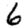
Digit: 6